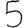
Digit: 5